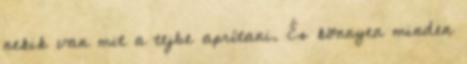
nekik van mit a tejbe aprítani. És könnyen minden